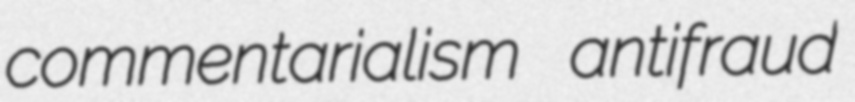
commentarialism antifraud